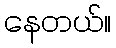
နေတယ်။